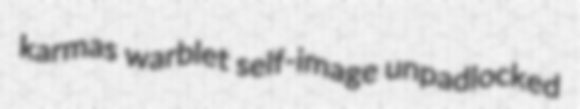
karmas warblet self-image unpadlocked